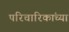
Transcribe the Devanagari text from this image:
परिचारिकांच्या